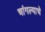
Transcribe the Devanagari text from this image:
चांगल्याचे